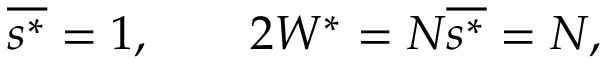
\overline { { s ^ { * } } } = 1 , \qquad 2 W ^ { * } = N \overline { { s ^ { * } } } = N ,